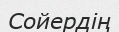
Сойердің